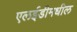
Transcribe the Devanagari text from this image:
एलईडीमधील